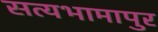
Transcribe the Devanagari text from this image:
सत्यभामापुर